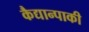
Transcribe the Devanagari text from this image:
कैद्यान्पाकी